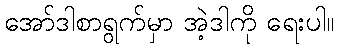
အော်ဒါစာရွက်မှာ အဲ့ဒါကို ရေးပါ။